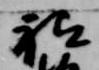
祗